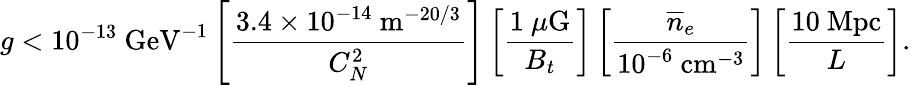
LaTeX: g<10^{-13}\ \mathrm{GeV}^{-1}\left[{\frac{3.4\times 10^{-14}\ \mathrm{m}^{-20/3}}{C_{N}^{2}}}\right]\left[{\frac{1\ \mu\mathrm{G}}{B_{t}}}\right]\left[{\frac{\overline{{n}}_{e}}{10^{-6}\ \mathrm{cm}^{-3}}}\right]\left[{\frac{10\ \mathrm{Mpc}}{L}}\right].